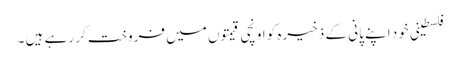
فلسطینی خود اپنے پانی کے ذخیرہ کو اونچی قیمتوں میں فروخت کر رہے ہیں ۔